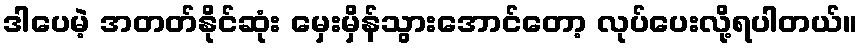
ဒါပေမဲ့ အတတ်နိုင်ဆုံး မှေးမှိန်သွားအောင်တော့ လုပ်ပေးလို့ရပါတယ်။